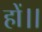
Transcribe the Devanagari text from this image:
हों।।